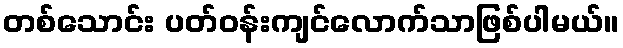
တစ်သောင်း ပတ်ဝန်းကျင်လောက်သာဖြစ်ပါမယ်။